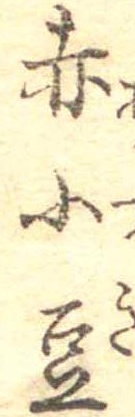
赤小豆